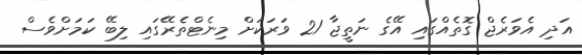
އަދި އެވަރެެޖް ގޮތެއްގައި އޭގެ ނަތީޖާ 21 ވަރަކަށް މިނެޓްތެރޭގައި ލިބޭ ކަމަށްވެސް